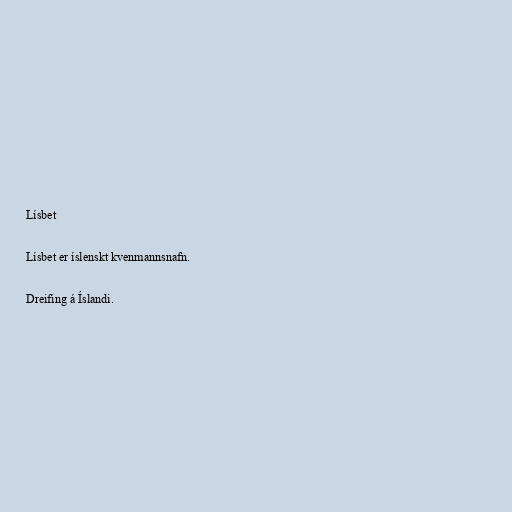
Lísbet

Lísbet er íslenskt kvenmannsnafn.

Dreifing á Íslandi.